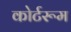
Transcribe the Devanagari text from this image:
कोर्टरूम